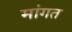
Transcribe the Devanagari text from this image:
मांगत